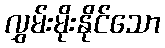
လွှမ်းမိုးနိုင်သော